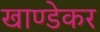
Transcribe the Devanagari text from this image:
खाण्डेकर